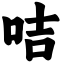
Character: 咭